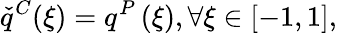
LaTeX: \check{q}^{C}(\xi)=q^{P}\left(\xi\right),\forall\xi\in[-1,1],